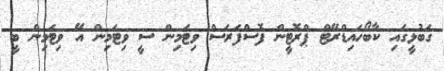
ގަބުޅީގައި ކާބޯހައިޑްރޭޓް ޕްރޮޓީން ފޮސްފަރަސް ވިޓަމިން ސީ ވިޓަމިން އޭ ވިޓަމިން ބީ